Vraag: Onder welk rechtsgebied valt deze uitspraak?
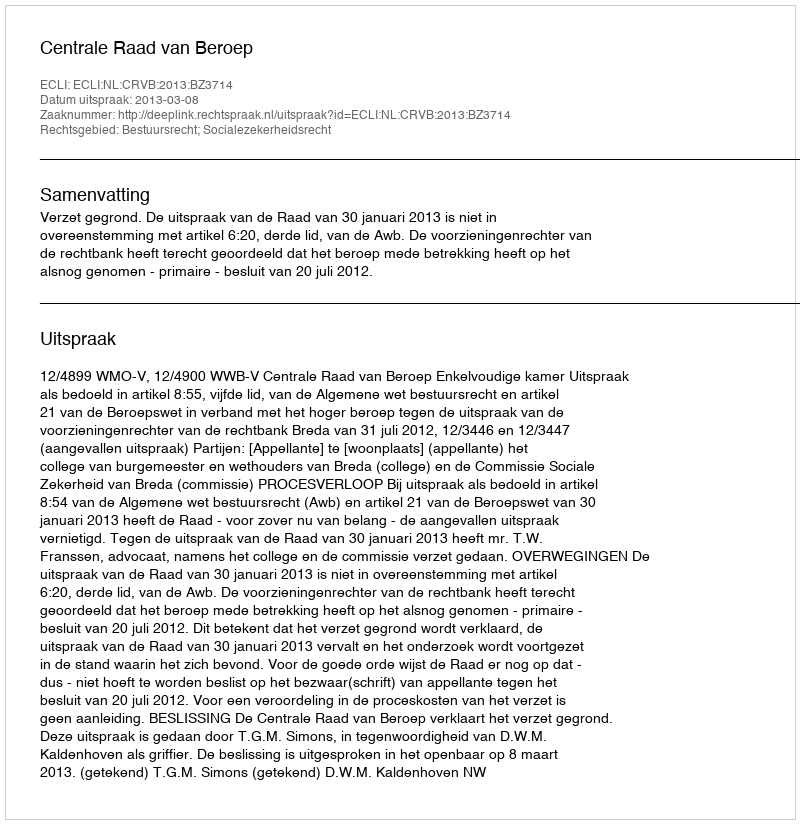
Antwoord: Bestuursrecht; Socialezekerheidsrecht